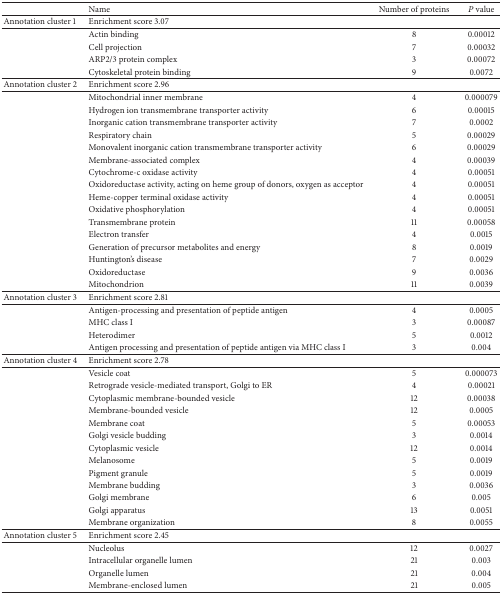
<table><thead><tr><td><b> </b></td><td><b>Name</b></td><td><b>Number of proteins</b></td><td><b><i>P</i> value</b></td></tr></thead><tbody><tr><td>Annotation cluster 1</td><td>Enrichment score 3.07</td><td> </td><td> </td></tr><tr><td> </td><td>Actin binding</td><td>8</td><td>0.00012</td></tr><tr><td> </td><td>Cell projection</td><td>7</td><td>0.00032</td></tr><tr><td> </td><td>ARP2/3 protein complex</td><td>3</td><td>0.00072</td></tr><tr><td> </td><td>Cytoskeletal protein binding</td><td>9</td><td>0.0072</td></tr><tr><td>Annotation cluster 2</td><td>Enrichment score 2.96</td><td> </td><td> </td></tr><tr><td> </td><td>Mitochondrial inner membrane</td><td>4</td><td>0.000079</td></tr><tr><td> </td><td>Hydrogen ion transmembrane transporter activity</td><td>6</td><td>0.00015</td></tr><tr><td> </td><td>Inorganic cation transmembrane transporter activity</td><td>7</td><td>0.0002</td></tr><tr><td> </td><td>Respiratory chain</td><td>5</td><td>0.00029</td></tr><tr><td> </td><td>Monovalent inorganic cation transmembrane transporter activity</td><td>6</td><td>0.00029</td></tr><tr><td> </td><td>Membrane-associated complex</td><td>4</td><td>0.00039</td></tr><tr><td> </td><td>Cytochrome-c oxidase activity</td><td>4</td><td>0.00051</td></tr><tr><td> </td><td>Oxidoreductase activity, acting on heme group of donors, oxygen as acceptor</td><td>4</td><td>0.00051</td></tr><tr><td> </td><td>Heme-copper terminal oxidase activity</td><td>4</td><td>0.00051</td></tr><tr><td> </td><td>Oxidative phosphorylation</td><td>4</td><td>0.00051</td></tr><tr><td> </td><td>Transmembrane protein</td><td>11</td><td>0.00058</td></tr><tr><td> </td><td>Electron transfer</td><td>4</td><td>0.0015</td></tr><tr><td> </td><td>Generation of precursor metabolites and energy</td><td>8</td><td>0.0019</td></tr><tr><td> </td><td>Huntington&#x27;s disease</td><td>7</td><td>0.0029</td></tr><tr><td> </td><td>Oxidoreductase</td><td>9</td><td>0.0036</td></tr><tr><td> </td><td>Mitochondrion</td><td>11</td><td>0.0039</td></tr><tr><td>Annotation cluster 3</td><td>Enrichment score 2.81</td><td> </td><td> </td></tr><tr><td> </td><td>Antigen-processing and presentation of peptide antigen</td><td>4</td><td>0.0005</td></tr><tr><td> </td><td>MHC class I</td><td>3</td><td>0.00087</td></tr><tr><td> </td><td>Heterodimer</td><td>5</td><td>0.0012</td></tr><tr><td> </td><td>Antigen processing and presentation of peptide antigen via MHC class I</td><td>3</td><td>0.004</td></tr><tr><td>Annotation cluster 4</td><td>Enrichment score 2.78</td><td> </td><td> </td></tr><tr><td> </td><td>Vesicle coat</td><td>5</td><td>0.000073</td></tr><tr><td> </td><td>Retrograde vesicle-mediated transport, Golgi to ER</td><td>4</td><td>0.00021</td></tr><tr><td> </td><td>Cytoplasmic membrane-bounded vesicle</td><td>12</td><td>0.00038</td></tr><tr><td> </td><td>Membrane-bounded vesicle</td><td>12</td><td>0.0005</td></tr><tr><td> </td><td>Membrane coat</td><td>5</td><td>0.00053</td></tr><tr><td> </td><td>Golgi vesicle budding</td><td>3</td><td>0.0014</td></tr><tr><td> </td><td>Cytoplasmic vesicle</td><td>12</td><td>0.0014</td></tr><tr><td> </td><td>Melanosome</td><td>5</td><td>0.0019</td></tr><tr><td> </td><td>Pigment granule</td><td>5</td><td>0.0019</td></tr><tr><td> </td><td>Membrane budding</td><td>3</td><td>0.0036</td></tr><tr><td> </td><td>Golgi membrane</td><td>6</td><td>0.005</td></tr><tr><td> </td><td>Golgi apparatus</td><td>13</td><td>0.0051</td></tr><tr><td> </td><td>Membrane organization</td><td>8</td><td>0.0055</td></tr><tr><td>Annotation cluster 5</td><td>Enrichment score 2.45</td><td> </td><td> </td></tr><tr><td> </td><td>Nucleolus</td><td>12</td><td>0.0027</td></tr><tr><td> </td><td>Intracellular organelle lumen</td><td>21</td><td>0.003</td></tr><tr><td> </td><td>Organelle lumen</td><td>21</td><td>0.004</td></tr><tr><td> </td><td>Membrane-enclosed lumen</td><td>21</td><td>0.005</td></tr></tbody></table>